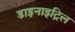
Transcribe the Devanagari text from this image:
डाइनाइट्रिल